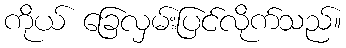
ကိုယ် ခြေလှမ်းပြင်လိုက်သည်။